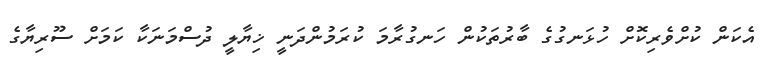
އެކަން ކުށްވެރިކޮށް ހުޅަނގުގެ ބާރުތަކުން ހަނގުރާމަ ކުރަމުންދަނީ ޚިޔާލީ ދުސްމަނަކާ ކަމަށް ސޫރިޔާގެ